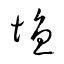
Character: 塩